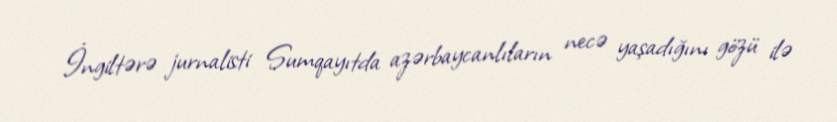
İngiltərə jurnalisti Sumqayıtda azərbaycanlıların necə yaşadığını gözü ilə